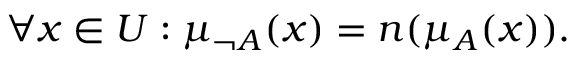
\forall x \in { U } : \mu _ { \neg { A } } ( x ) = n ( \mu _ { A } ( x ) ) .